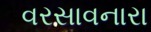
વરસાવનારા